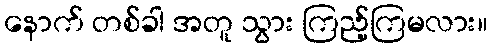
နောက် တစ်ခါ အတူ သွား ကြည့်ကြမလား။